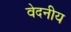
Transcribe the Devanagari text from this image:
वेदनीय